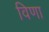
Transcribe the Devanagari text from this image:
विणा